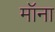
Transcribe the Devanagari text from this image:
मॉना